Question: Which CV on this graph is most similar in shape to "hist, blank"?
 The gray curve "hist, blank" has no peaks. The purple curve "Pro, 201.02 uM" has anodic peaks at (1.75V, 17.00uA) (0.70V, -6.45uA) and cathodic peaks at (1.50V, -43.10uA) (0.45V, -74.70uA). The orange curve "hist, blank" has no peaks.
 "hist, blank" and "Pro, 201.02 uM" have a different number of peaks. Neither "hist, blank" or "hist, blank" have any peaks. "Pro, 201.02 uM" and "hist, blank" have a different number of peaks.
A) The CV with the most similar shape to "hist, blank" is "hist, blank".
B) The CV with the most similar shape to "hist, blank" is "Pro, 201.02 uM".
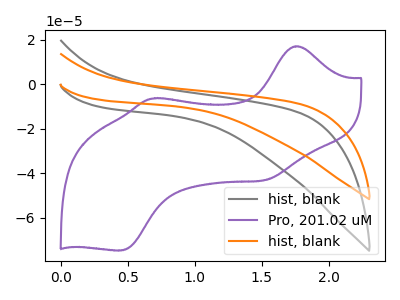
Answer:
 <answer>A) The CV with the most similar shape to "hist, blank" is "hist, blank".</answer>
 <eval>A</eval>